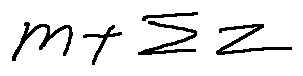
m + \sum z